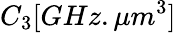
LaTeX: C_{3}[GHz.\mu m^{3}]